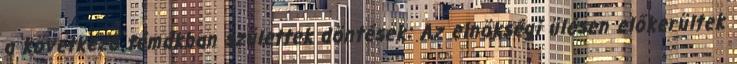
a következő témákban születtek döntések: Az elnökségi ülésen előkerültek